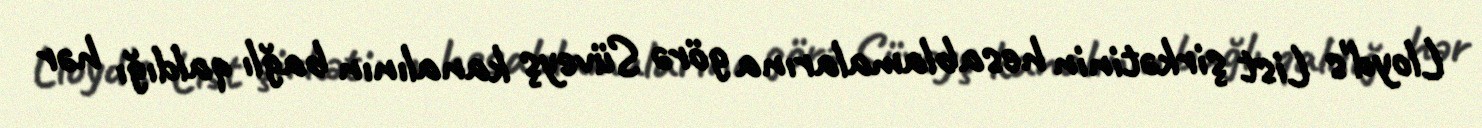
Lloyd's List şirkətinin hesablamalarına görə Süveyş kanalının bağlı qaldığı hər